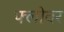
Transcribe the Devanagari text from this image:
फ्लोवर